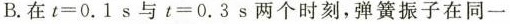
B.在$$t = 0 . 1 s$$与$$t = 0 . 3 s$$两个时刻，弹簧振子在同一